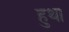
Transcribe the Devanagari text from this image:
हुथा